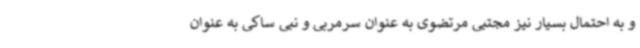
و به احتمال بسیار نیز مجتبی مرتضوی به عنوان سرمربی و نبی ساکی به عنوان